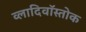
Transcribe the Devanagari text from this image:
व्लादिवॉस्तोक